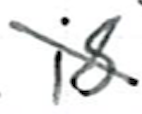
Text: is
Cross-out: cross
Writing tool: ballpoint